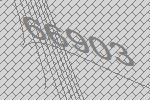
66903